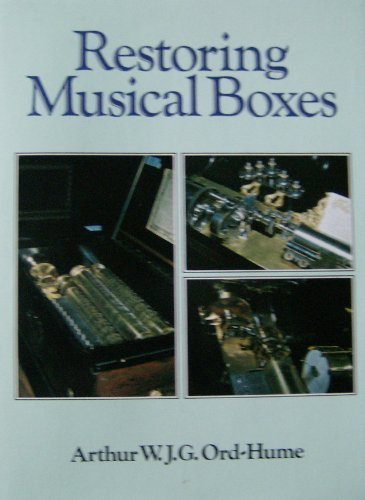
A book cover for Restoring Musical Boxes; Arthur W. J. G. Ord-Hume; Crafts, Hobbies & Home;